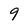
Character: 9